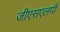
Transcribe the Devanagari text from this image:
जीएसएलपी